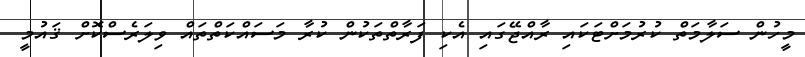
މީހުން ސަލާމަތް ކުރުމަށްޓަކައި ރާއްޖޭގައި އެކި ފަރާތްތަކުން ކުރާ މަސައްކަތްތައް ވިލަރެސްކޮށް ޤައުމީ